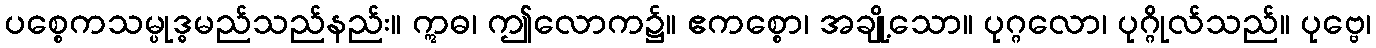
ပစ္စေကသမ္ပုဒ္ဓမည်သည်နည်း။ ဣဓ၊ ဤလောက၌။ ဧကစ္စော၊ အချို့သော။ ပုဂ္ဂလော၊ ပုဂ္ဂိုလ်သည်။ ပုဗ္ဗေ၊